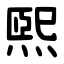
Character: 煕